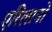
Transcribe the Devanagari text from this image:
एरिलानो